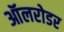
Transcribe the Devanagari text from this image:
ऑलरोडर